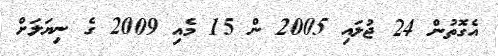
އެގޮތުން 24 ޖުލައި 2005 ން 15 މެއި 2009 ގެ ނިޔަލަށް